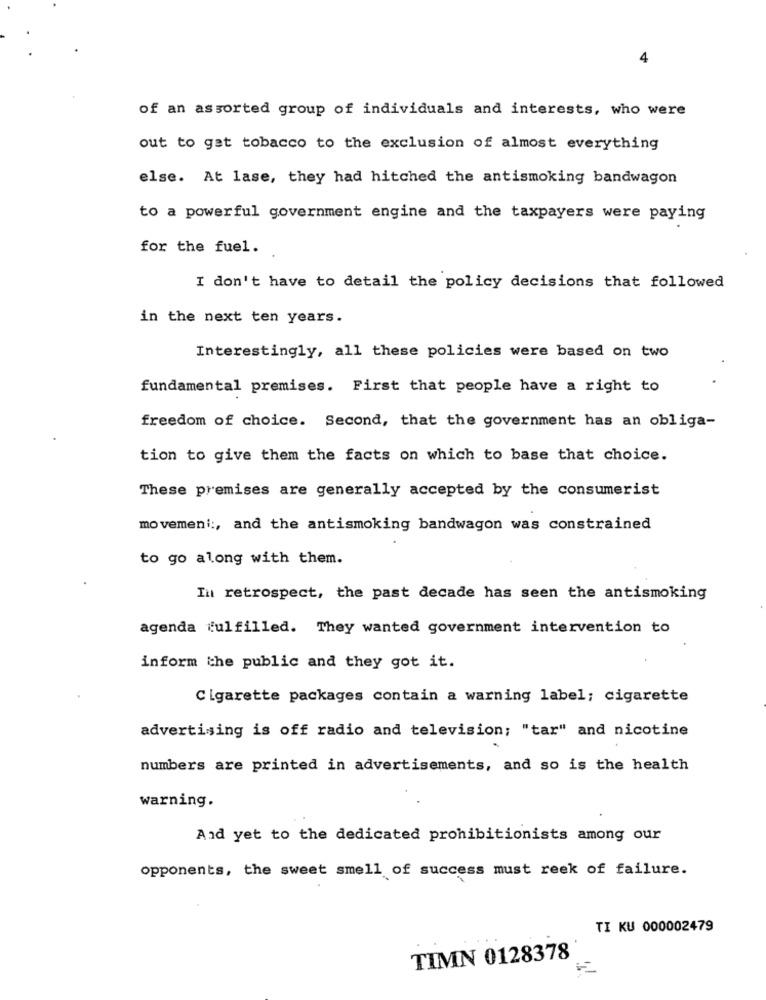
4
of an assorted group of individuals and interests, who were
out to get tobacco to the exclusion of almost everything
else. At lase, they had hitched the antismoking bandwagon
to a powerful government engine and the taxpayers were paying
for the fuel.
I don't have to detail the policy decisions that followed
in the next ten years.
Interestingly, all these policies were based on two
fundamental premises. First that people have a right to
freedom of choice. Second, that the government has an obliga-
tion to give them the facts on which to base that choice.
These premises are generally accepted by the consumerist
movemeni :, and the antismoking bandwagon was constrained
to go along with them.
In retrospect, the past decade has seen the antismoking
agenda fulfilled. They wanted government intervention to
inform the public and they got it.
Cigarette packages contain a warning label; cigarette
advertising is off radio and television; "tar" and nicotine
numbers are printed in advertisements, and so is the health
warning.
And yet to the dedicated prohibitionists among our
opponents, the sweet smell of success must reek of failure.
TI KU 000002479
TIMN 0128378